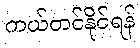
ကယ်တင်နိုင်ရန်